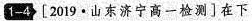
1-4 [ 2019 · 山东济宁高一检测 ]在下